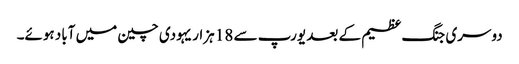
دوسری جنگ عظیم کے بعد یورپ سے 18 ہزار یہودی چین میں آباد ہوئے۔